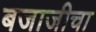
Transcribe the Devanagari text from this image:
बजाजीचा